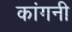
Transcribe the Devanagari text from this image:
कांगनी